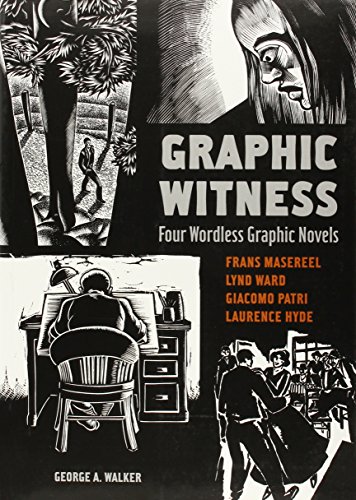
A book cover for Graphic Witness: Four Wordless Graphic Novels by Frans Masereel, Lynd Ward, Giacomo Patri and Laurence Hyde; Frans Masereel; Comics & Graphic Novels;